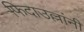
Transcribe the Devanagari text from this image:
फिदाउल्लांनी